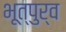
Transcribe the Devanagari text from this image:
भूत्पुर्व